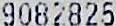
9082825